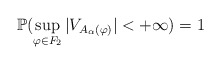
\begin{align*}\mathbb{P}(\sup_{\varphi\in F_2}|V_{A_{\alpha}(\varphi)}| < + \infty) = 1\end{align*}